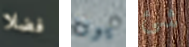
فضلا يوتا شئ